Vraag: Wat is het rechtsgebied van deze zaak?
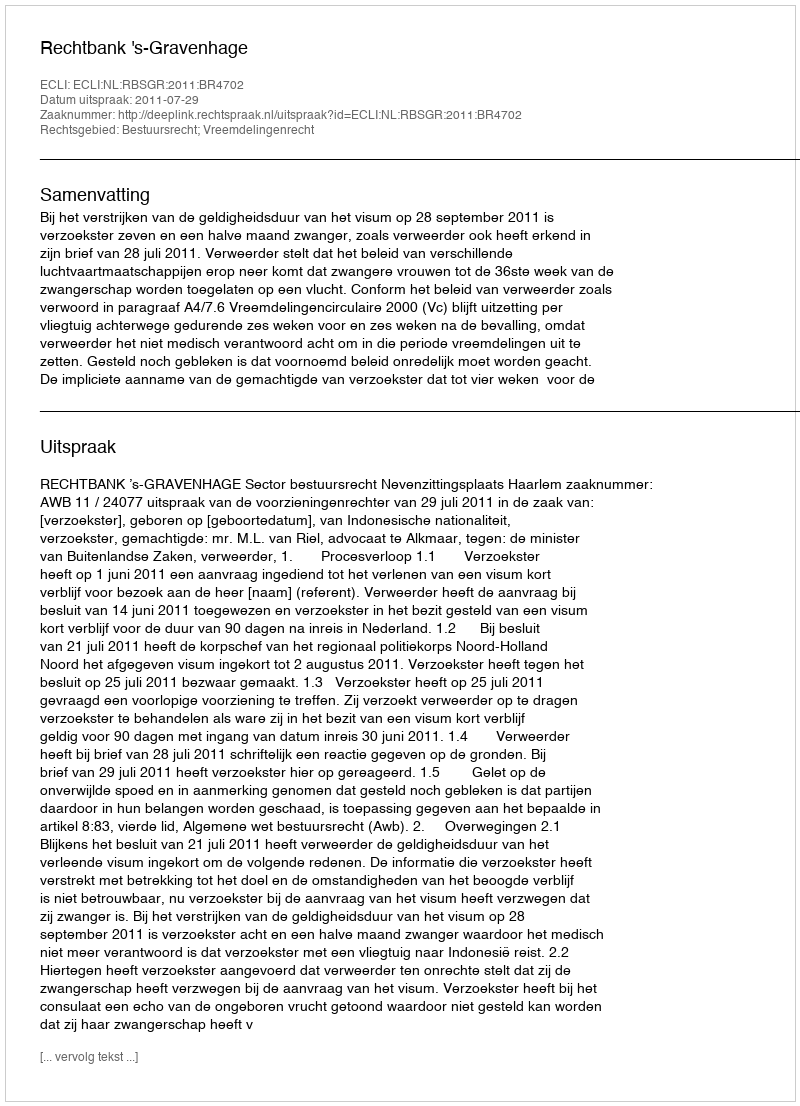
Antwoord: Bestuursrecht; Vreemdelingenrecht